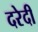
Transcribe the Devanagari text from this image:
दरेदी